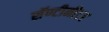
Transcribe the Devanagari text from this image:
सॅण्टीमीटर